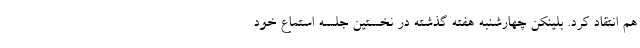
هم انتقاد کرد. بلینکن چهارشنبه هفته گذشته در نخستین جلسه استماع خود